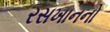
રસખાનનો